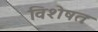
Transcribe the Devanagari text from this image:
विशेषतः